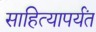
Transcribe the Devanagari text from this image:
साहित्यापर्यंत